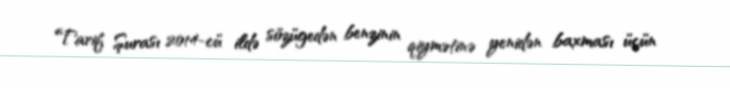
Tarif Şurası 2014-cü ildə sözügedən benzinin qiymətinə yenidən baxması üçün